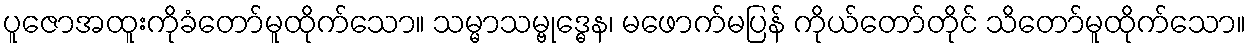
ပူဇောအထူးကိုခံတော်မူထိုက်သော။ သမ္မာသမ္ဗုဒ္ဓေန၊ မဖောက်မပြန် ကိုယ်တော်တိုင် သိတော်မူထိုက်သော။